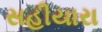
સહીયારા